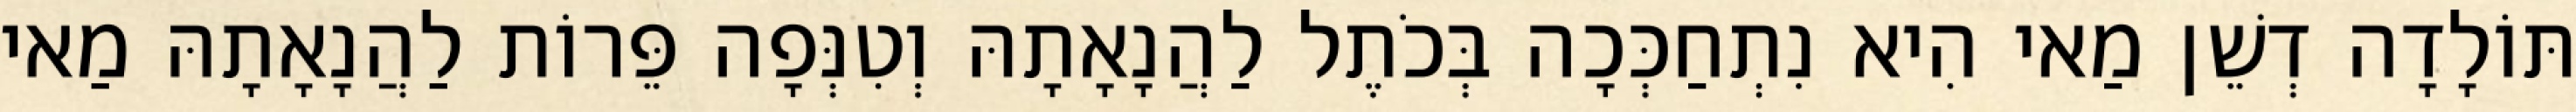
תּוֹלָדָה דְשֵׁן מַאי הִיא נִתְחַכְּכָה בְּכֹתֶל לַהֲנָאָתָהּ וְטִנְּפָה פֵּרוֹת לַהֲנָאָתָהּ מַאי